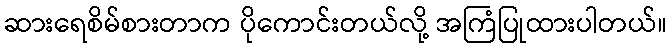
ဆားရေစိမ်စားတာက ပိုကောင်းတယ်လို့ အကြံပြုထားပါတယ်။